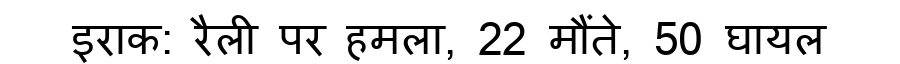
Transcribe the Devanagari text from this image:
इराक: रैली पर हमला, 22 मौंते, 50 घायल